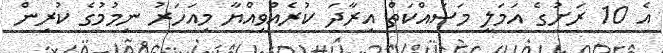
އެ 10 ރަށުގެ އަމަލީ މަސައްކަތް އިރާދަ ކުރެއްވިއްޔާ މިއަހަރު ނިމުމުގެ ކުރިން